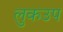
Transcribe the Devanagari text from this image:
लुकउप